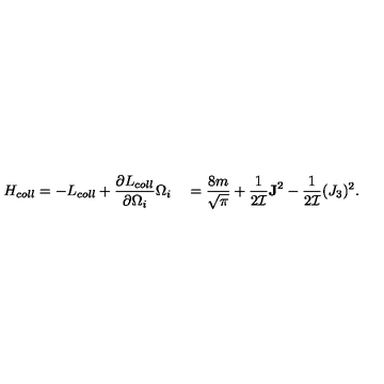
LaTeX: H _ { c o l l } = - L _ { c o l l } + \frac { \partial L _ { c o l l } } { \partial \Omega _ { i } } \Omega _ { i } \quad = \frac { 8 m } { \sqrt { \pi } } + \frac { 1 } { 2 { \cal I } } { \bf J } ^ { 2 } - \frac { 1 } { 2 { \cal I } } ( J _ { 3 } ) ^ { 2 } .